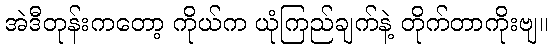
အဲဒီတုန်းကတော့ ကိုယ်က ယုံကြည်ချက်နဲ့ တိုက်တာကိုးဗျ။